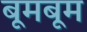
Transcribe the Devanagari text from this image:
बूमबूम